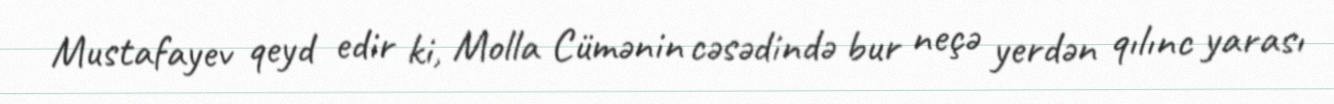
Mustafayev qeyd edir ki, Molla Cümənin cəsədində bur neçə yerdən qılınc yarası